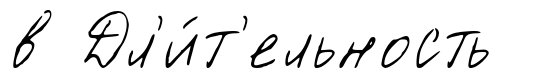
в Дл'и́т'ельность